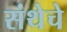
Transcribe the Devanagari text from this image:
संथेचे